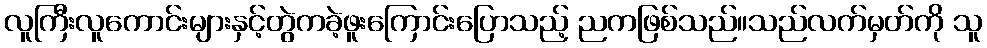
လူကြီးလူကောင်းများနှင့်တွဲကခဲ့ဖူးကြောင်းပြောသည့် ညကဖြစ်သည်။သည်လက်မှတ်ကို သူ